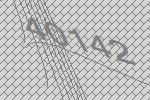
40142